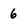
Character: 6